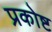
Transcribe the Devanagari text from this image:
प्रकोष्ट